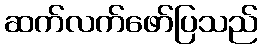
ဆက်လက်ဖော်ပြသည်